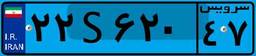
۲۲S۶۲۰۴۷